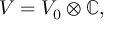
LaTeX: V = V _ { 0 } \otimes \mathbb { C } ,